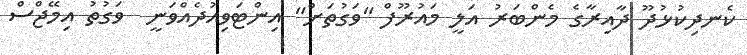
ކެނދިކުޅުދޫ ދާއިރާގެ މެންބަރު އަލީ މައުރޫފް "ވަގުތަށް" އިންޓަވިއުދެއްވަނީ  ވަގުތު އިމޭޖްސް